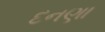
દનણા